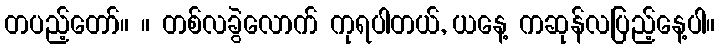
တပည့်တော်။ ။ တစ်လခွဲလောက် ကုရပါတယ်, ယနေ့ ကဆုန်လပြည့်နေ့ပါ။